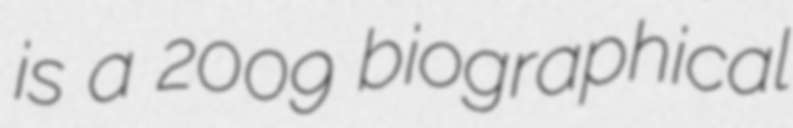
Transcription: is a 2009 biographical